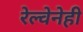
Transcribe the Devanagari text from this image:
रेल्वेनेही